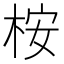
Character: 桉